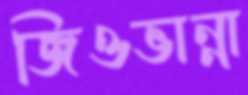
জিওভান্না